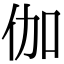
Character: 伽